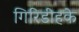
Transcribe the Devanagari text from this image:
गिरिडीहके